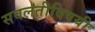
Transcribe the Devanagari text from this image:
सवलतीविषयी